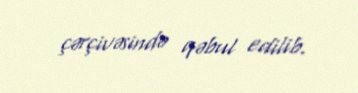
çərçivəsində qəbul edilib.